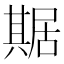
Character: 𠔴